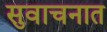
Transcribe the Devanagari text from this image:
सुवाचनात